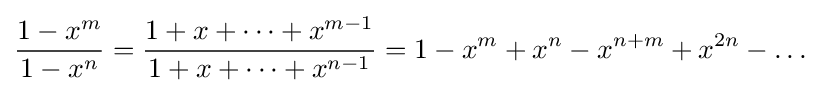
{\frac {1-x^{m}}{1-x^{n}}}={\frac {1+x+\dots +x^{m-1}}{1+x+\dots +x^{n-1}}}=1-x^{m}+x^{n}-x^{n+m}+x^{2n}-\dots